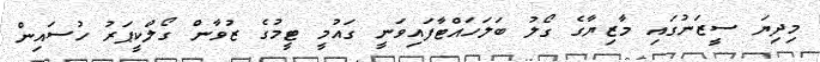
މިދިޔަ ސީޒަނުގައި މާޒިޔާގެ ގޯލު ބަލަހައްޓާފައިވަނީ ގައުމީ ޓީމުގެ ޒުވާން ގޯލްކީޕަރު ހުސައިން